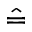
\hat { = }